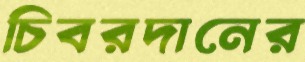
চিবরদানের